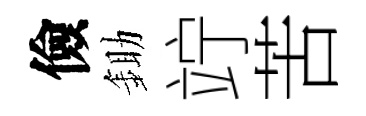
儉鋤竚苦